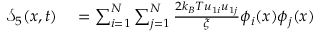
\begin{array} { r l } { \mathcal { S } _ { 5 } ( x , t ) } & { { } = \sum _ { i = 1 } ^ { N } \sum _ { j = 1 } ^ { N } \frac { 2 k _ { B } T u _ { 1 i } u _ { 1 j } } { \xi } \phi _ { i } ( x ) \phi _ { j } ( x ) } \end{array}